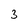
Character: 3